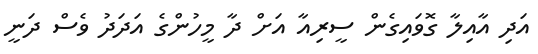
އަދި އާއިލާ ގޮވައިގެން ސީރިއާ އަށް ދާ މީހުންގެ އަދަދު ވެސް ދަނީ